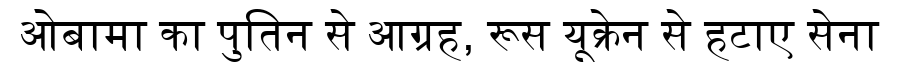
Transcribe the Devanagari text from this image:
ओबामा का पुतिन से आग्रह, रूस यूक्रेन से हटाए सेना